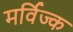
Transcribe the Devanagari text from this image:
मर्विज्क